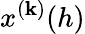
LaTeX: x^{(\mathbf{k})}(h)